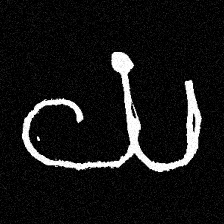
Pyu character \u2014 Myanmar letter: ယ (romanized: ya)